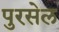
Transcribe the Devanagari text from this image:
पुरसेल